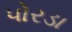
પોરડા